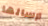
ارسالها